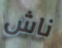
ناش